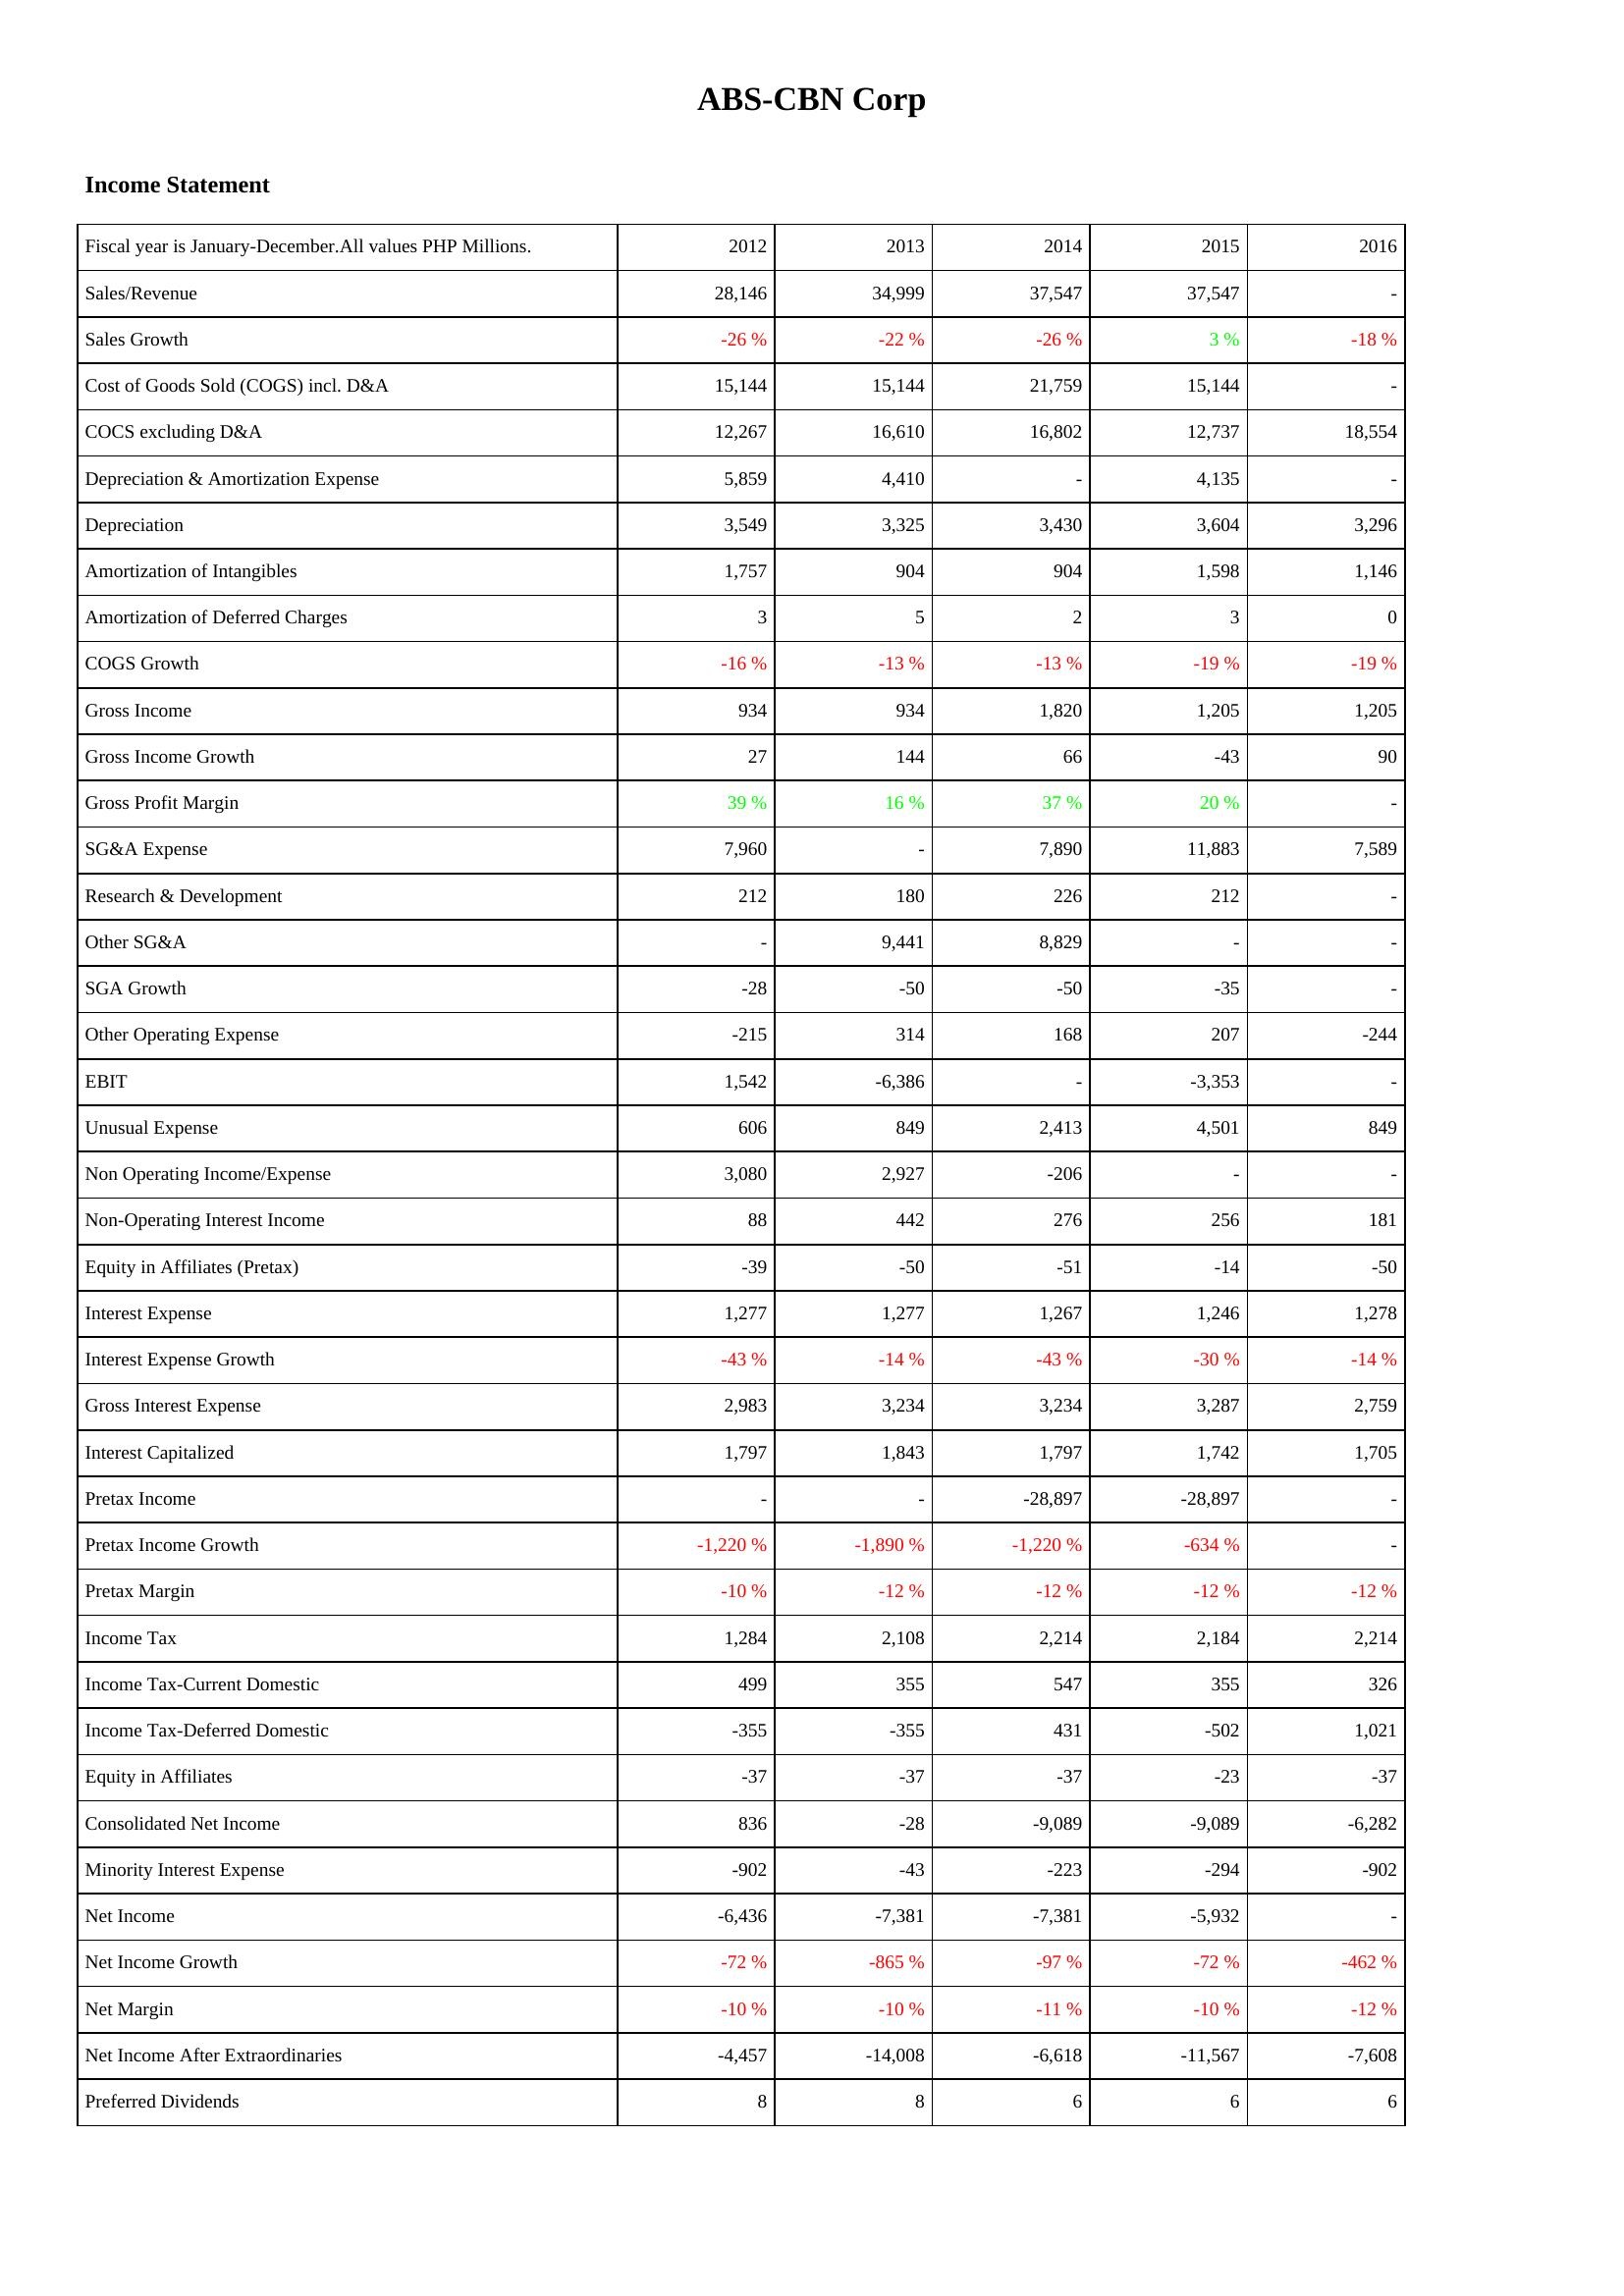
2012: Income Statement: Sales/Revenue: 28,146
Sales Growth: -26 %
Cost of Goods Sold (COGS) incl. D&A: 15,144
COCS excluding D&A: 12,267
Depreciation & Amortization Expense: 5,859
Depreciation: 3,549
Amortization of Intangibles: 1,757
Amortization of Deferred Charges: 3
COGS Growth: -16 %
Gross Income: 934
Gross Income Growth: 27
Gross Profit Margin: 39 %
SG&A Expense: 7,960
Research & Development: 212
Other SG&A: -
SGA Growth: -28
Other Operating Expense: -215
EBIT: 1,542
Unusual Expense: 606
Non Operating Income/Expense: 3,080
Non-Operating Interest Income: 88
Equity in Affiliates (Pretax): -39
Interest Expense: 1,277
Interest Expense Growth: -43 %
Gross Interest Expense: 2,983
Interest Capitalized: 1,797
Pretax Income: -
Pretax Income Growth: -1,220 %
Pretax Margin: -10 %
Income Tax: 1,284
Income Tax-Current Domestic: 499
Income Tax-Deferred Domestic: -355
Equity in Affiliates: -37
Consolidated Net Income: 836
Minority Interest Expense: -902
Net Income: -6,436
Net Income Growth: -72 %
Net Margin: -10 %
Net Income After Extraordinaries: -4,457
Preferred Dividends: 8
2013: Income Statement: Sales/Revenue: 34,999
Sales Growth: -22 %
Cost of Goods Sold (COGS) incl. D&A: 15,144
COCS excluding D&A: 16,610
Depreciation & Amortization Expense: 4,410
Depreciation: 3,325
Amortization of Intangibles: 904
Amortization of Deferred Charges: 5
COGS Growth: -13 %
Gross Income: 934
Gross Income Growth: 144
Gross Profit Margin: 16 %
SG&A Expense: -
Research & Development: 180
Other SG&A: 9,441
SGA Growth: -50
Other Operating Expense: 314
EBIT: -6,386
Unusual Expense: 849
Non Operating Income/Expense: 2,927
Non-Operating Interest Income: 442
Equity in Affiliates (Pretax): -50
Interest Expense: 1,277
Interest Expense Growth: -14 %
Gross Interest Expense: 3,234
Interest Capitalized: 1,843
Pretax Income: -
Pretax Income Growth: -1,890 %
Pretax Margin: -12 %
Income Tax: 2,108
Income Tax-Current Domestic: 355
Income Tax-Deferred Domestic: -355
Equity in Affiliates: -37
Consolidated Net Income: -28
Minority Interest Expense: -43
Net Income: -7,381
Net Income Growth: -865 %
Net Margin: -10 %
Net Income After Extraordinaries: -14,008
Preferred Dividends: 8
2014: Income Statement: Sales/Revenue: 37,547
Sales Growth: -26 %
Cost of Goods Sold (COGS) incl. D&A: 21,759
COCS excluding D&A: 16,802
Depreciation & Amortization Expense: -
Depreciation: 3,430
Amortization of Intangibles: 904
Amortization of Deferred Charges: 2
COGS Growth: -13 %
Gross Income: 1,820
Gross Income Growth: 66
Gross Profit Margin: 37 %
SG&A Expense: 7,890
Research & Development: 226
Other SG&A: 8,829
SGA Growth: -50
Other Operating Expense: 168
EBIT: -
Unusual Expense: 2,413
Non Operating Income/Expense: -206
Non-Operating Interest Income: 276
Equity in Affiliates (Pretax): -51
Interest Expense: 1,267
Interest Expense Growth: -43 %
Gross Interest Expense: 3,234
Interest Capitalized: 1,797
Pretax Income: -28,897
Pretax Income Growth: -1,220 %
Pretax Margin: -12 %
Income Tax: 2,214
Income Tax-Current Domestic: 547
Income Tax-Deferred Domestic: 431
Equity in Affiliates: -37
Consolidated Net Income: -9,089
Minority Interest Expense: -223
Net Income: -7,381
Net Income Growth: -97 %
Net Margin: -11 %
Net Income After Extraordinaries: -6,618
Preferred Dividends: 6
2015: Income Statement: Sales/Revenue: 37,547
Sales Growth: 3 %
Cost of Goods Sold (COGS) incl. D&A: 15,144
COCS excluding D&A: 12,737
Depreciation & Amortization Expense: 4,135
Depreciation: 3,604
Amortization of Intangibles: 1,598
Amortization of Deferred Charges: 3
COGS Growth: -19 %
Gross Income: 1,205
Gross Income Growth: -43
Gross Profit Margin: 20 %
SG&A Expense: 11,883
Research & Development: 212
Other SG&A: -
SGA Growth: -35
Other Operating Expense: 207
EBIT: -3,353
Unusual Expense: 4,501
Non Operating Income/Expense: -
Non-Operating Interest Income: 256
Equity in Affiliates (Pretax): -14
Interest Expense: 1,246
Interest Expense Growth: -30 %
Gross Interest Expense: 3,287
Interest Capitalized: 1,742
Pretax Income: -28,897
Pretax Income Growth: -634 %
Pretax Margin: -12 %
Income Tax: 2,184
Income Tax-Current Domestic: 355
Income Tax-Deferred Domestic: -502
Equity in Affiliates: -23
Consolidated Net Income: -9,089
Minority Interest Expense: -294
Net Income: -5,932
Net Income Growth: -72 %
Net Margin: -10 %
Net Income After Extraordinaries: -11,567
Preferred Dividends: 6
2016: Income Statement: Sales/Revenue: -
Sales Growth: -18 %
Cost of Goods Sold (COGS) incl. D&A: -
COCS excluding D&A: 18,554
Depreciation & Amortization Expense: -
Depreciation: 3,296
Amortization of Intangibles: 1,146
Amortization of Deferred Charges: 0
COGS Growth: -19 %
Gross Income: 1,205
Gross Income Growth: 90
Gross Profit Margin: -
SG&A Expense: 7,589
Research & Development: -
Other SG&A: -
SGA Growth: -
Other Operating Expense: -244
EBIT: -
Unusual Expense: 849
Non Operating Income/Expense: -
Non-Operating Interest Income: 181
Equity in Affiliates (Pretax): -50
Interest Expense: 1,278
Interest Expense Growth: -14 %
Gross Interest Expense: 2,759
Interest Capitalized: 1,705
Pretax Income: -
Pretax Income Growth: -
Pretax Margin: -12 %
Income Tax: 2,214
Income Tax-Current Domestic: 326
Income Tax-Deferred Domestic: 1,021
Equity in Affiliates: -37
Consolidated Net Income: -6,282
Minority Interest Expense: -902
Net Income: -
Net Income Growth: -462 %
Net Margin: -12 %
Net Income After Extraordinaries: -7,608
Preferred Dividends: 6